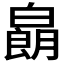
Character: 𱱽